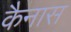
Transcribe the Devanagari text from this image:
कैनास